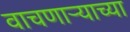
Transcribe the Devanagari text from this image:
वाचणाऱ्याच्या